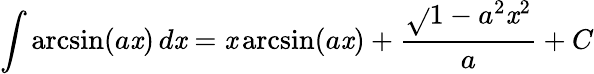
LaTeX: \int\arcsin(a\mathit{x})\, d\mathit{x}=\mathit{x}\arcsin(a\mathit{x})+{\frac{{\sqrt{}{{1-a^{2}\mathit{x}^{2}}}}}{{a}}}+C